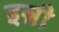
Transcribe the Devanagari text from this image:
इन्नी